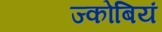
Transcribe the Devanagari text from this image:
ज्कोबियं